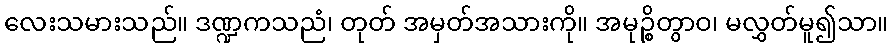
လေးသမားသည်။ ဒဏ္ဍကသညံ၊ တုတ် အမှတ်အသားကို။ အမုဉ္စိတွာဝ၊ မလွှတ်မူ၍သာ။